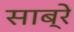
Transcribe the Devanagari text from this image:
साब्रे